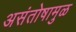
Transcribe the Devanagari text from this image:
असंतोषामुळ